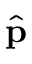
\hat { \mathbf p }